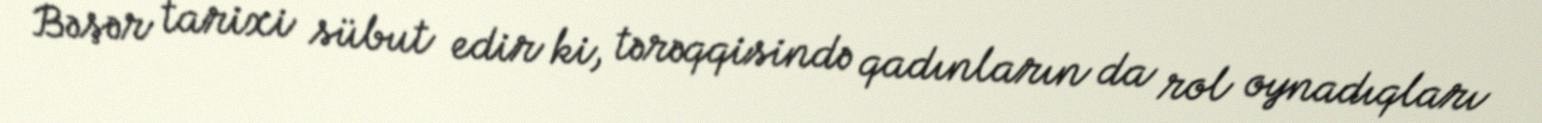
Bəşər tarixi sübut edir ki, tərəqqisində qadınların da rol oynadıqları